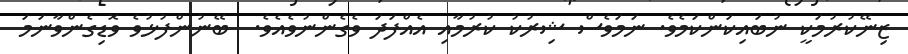
ޒިނޭކުރުމަކީ ނުބައިކަންކަމެވެ. ނަމަވެސް ޝިރުކު ކުރުމާއި އެއްފަދަ ވެގެންނުވެއެވެ.  ބޭނުންފުޅުވެ ވޮޑިގެންވާނަމަ